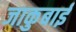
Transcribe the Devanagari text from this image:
जाकुबाई